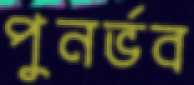
পুনর্ভব